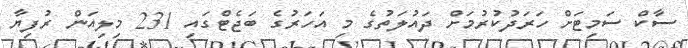
ސާކް ސަމިޓަށް ހަރަދުކުރުމަށް ދައުލަތުގެ މި އަހަރުގެ ބަޖެޓްގައި 231 މިލިއަން ރުފިޔާ